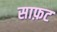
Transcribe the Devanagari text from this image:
साफ़ट